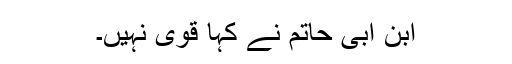
ابن ابی حاتم نے کہا قوی نہیں۔